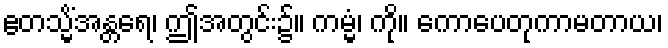
ဧတသ္မိံအန္တရေ၊ ဤအတွင်း၌။ ကမ္မံ၊ ကို။ ကောပေတုကာမတာယ၊